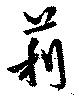
莉